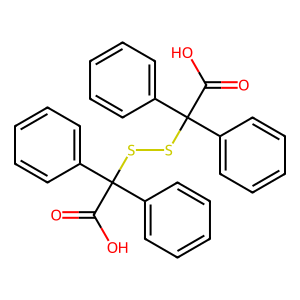
SMILES: O=C(O)C(SSC(C(=O)O)(c1ccccc1)c1ccccc1)(c1ccccc1)c1ccccc1
Inhibits HIV replication: No